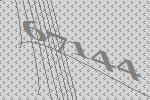
67144